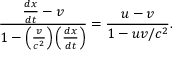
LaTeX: { \frac { { \frac { d x } { d t } } - v } { 1 - \left( { \frac { v } { c ^ { 2 } } } \right) \left( { \frac { d x } { d t } } \right) } } = { \frac { u - v } { 1 - u v / c ^ { 2 } } } .